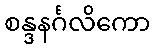
စန္ဒနင်္ဂလိကော